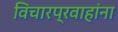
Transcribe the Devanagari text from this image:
विचारप्रवाहांना